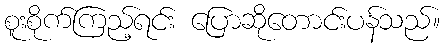
စူးစိုက်ကြည့်ရင်း ပြောဆိုတောင်းပန်သည်။